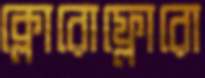
ক্লোরোফ্লোরো